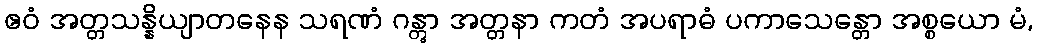
ဧဝံ အတ္တသန္နိယျာတနေန သရဏံ ဂန္တွာ အတ္တနာ ကတံ အပရာဓံ ပကာသေန္တော အစ္စယော မံ,